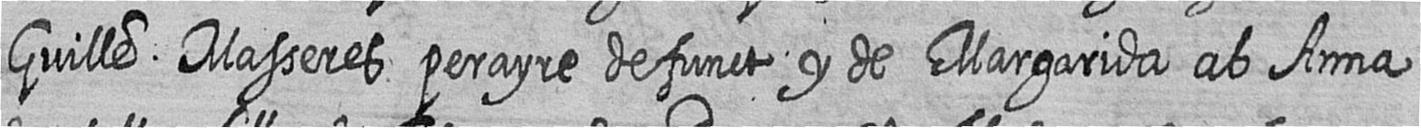
Guille Masseres perayre defunct y de Margarida ab Anna